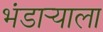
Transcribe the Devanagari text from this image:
भंडार्‍याला